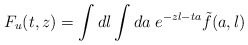
\begin{align*}F_u( t, z) = \int d l \int d a \; e^{-z l - t a}\tilde{f}(a,l)\end{align*}